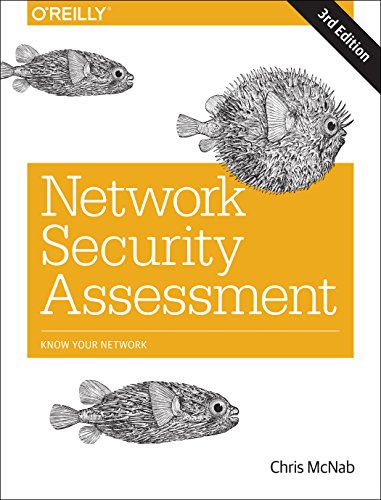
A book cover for Network Security Assessment: Know Your Network; Chris McNab; Computers & Technology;